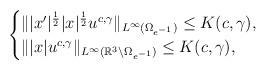
LaTeX: \begin{align*}\begin{cases}\||x'|^{\frac{1}{2}}|x|^{\frac{1}{2}}u^{c,\gamma}\|_{L^{\infty}(\Omega_{e^{-1}})}\leq K(c,\gamma),\\\||x|u^{c,\gamma}\|_{L^{\infty}(\mathbb{R}^{3}\setminus\Omega_{e^{-1}})}\leq K(c,\gamma),\end{cases}\end{align*}